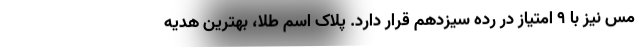
مس نیز با ۹ امتیاز در رده سیزدهم قرار دارد. پلاک اسم طلا، بهترین هدیه